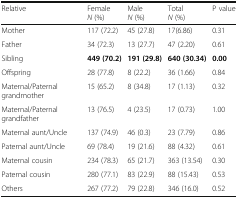
<table><thead><tr><td><b>Relative</b></td><td><b>Female <i>N</i> (%)</b></td><td><b>Male <i>N</i> (%)</b></td><td><b>Total <i>N</i> (%)</b></td><td><b>P value</b></td></tr></thead><tbody><tr><td>Mother</td><td>117 (72.2)</td><td>45 (27.8)</td><td>17(6.86)</td><td>0.31</td></tr><tr><td>Father</td><td>34 (72.3)</td><td>13 (27.7)</td><td>47 (2.20)</td><td>0.61</td></tr><tr><td>Sibling</td><td><b>449 (70.2)</b></td><td><b>191 (29.8)</b></td><td><b>640 (30.34)</b></td><td><b>0.00</b></td></tr><tr><td>Offspring</td><td>28 (77.8)</td><td>8 (22.2)</td><td>36 (1.66)</td><td>0.84</td></tr><tr><td>Maternal/Paternal grandmother</td><td>15 (65.2)</td><td>8 (34.8)</td><td>17 (1.13)</td><td>0.32</td></tr><tr><td>Maternal/Paternal grandfather</td><td>13 (76.5)</td><td>4 (23.5)</td><td>17 (0.73)</td><td>1.00</td></tr><tr><td>Maternal aunt/Uncle</td><td>137 (74.9)</td><td>46 (0.3)</td><td>23 (7.79)</td><td>0.86</td></tr><tr><td>Paternal aunt/Uncle</td><td>69 (78.4)</td><td>19 (21.6)</td><td>88 (4.32)</td><td>0.61</td></tr><tr><td>Maternal cousin</td><td>234 (78.3)</td><td>65 (21.7)</td><td>363 (13.54)</td><td>0.30</td></tr><tr><td>Paternal cousin</td><td>280 (77.1)</td><td>83 (22.9)</td><td>88 (15.43)</td><td>0.53</td></tr><tr><td>Others</td><td>267 (77.2)</td><td>79 (22.8)</td><td>346 (16.0)</td><td>0.52</td></tr></tbody></table>